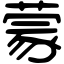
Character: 蒙